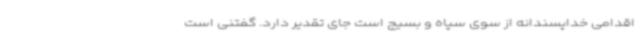
اقدامی خداپسندانه از سوی سپاه و بسیج است جای تقدیر دارد. گفتنی است